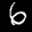
Label: 6